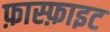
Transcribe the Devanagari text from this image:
फ़ास्फ़ाइट